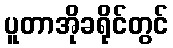
ပူတာအိုခရိုင်တွင်